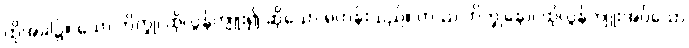
ထိုအခါ၌။ သော ဘိက္ခု၊ ထိုလွန်ကျူး၍ ဆိုသော ရဟန်းသည်။ တဿ ဘိက္ခုနော၊ ထိုလွန်ကျူးအပ်သော